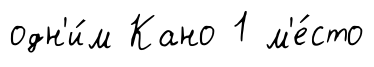
одн'и́м Кано 1 м'е́сто